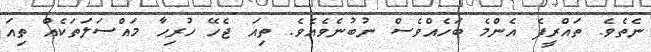
ނެތެވެ. ތައްރީފެ އެންމެ ބަހެއްވެސް ނުބުނެވެއެވެ. ތިއަ ޖެހޭ ހުރިހާ މައްސަލަތަކެއް ތިއަ